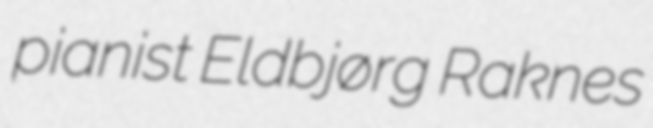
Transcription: pianist Eldbjørg Raknes